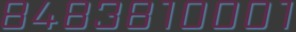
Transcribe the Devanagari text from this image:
८४८३८१०००१